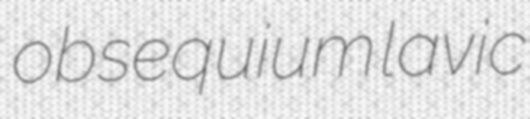
obsequium lavic